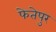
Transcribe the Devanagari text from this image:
फेतेपुर